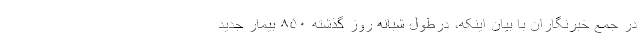
در جمع خبرنگاران با بیان اینکه، درطول شبانه روز گذشته ۸۵۰ بیمار جدید